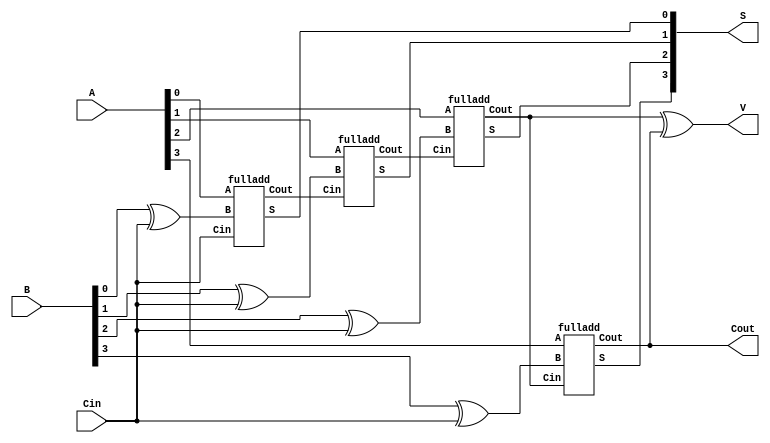
module addersubtractor(S, Cout, A, B, Cin, V);
   input [3:0]A,B;
   input Cin; 
   
   output [3:0]S;   
   output 	Cout;   
   output V;
   
   wire [3:1]C; 
   wire [3:0]BX; 

   assign BX[0] = B[0] ^ Cin;
   assign BX[1] = B[1] ^ Cin;
   assign BX[2] = B[2] ^ Cin;
   assign BX[3] = B[3] ^ Cin;   
   assign V = C[3] ^ Cout;
   
   // Cout <- |FA4| <- C3 <- |FA3|<- C2 <- |FA2| <- C1 <- |FA1| <- Cin
      
   fulladd stage0 (S[0], C[1], A[0], BX[0], Cin);   
   fulladd stage1 (S[1], C[2], A[1], BX[1], C[1]);
   fulladd stage2 (S[2], C[3], A[2], BX[2], C[2]);  
   fulladd stage3 (S[3], Cout, A[3], BX[3], C[3]); 
   
endmodule 

module fulladd(S, Cout, A, B, Cin);
   input  A, B, Cin;
   output S, Cout;
   
   assign S = A ^ B ^ Cin;
   assign Cout = (A & B) | (Cin & (A ^ B));
   
endmodule